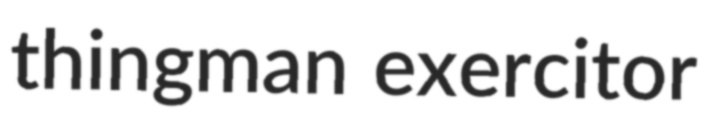
thingman exercitor